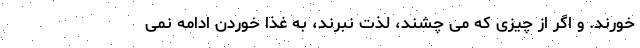
خورند. و اگر از چیزی که می چشند، لذت نبرند، به غذا خوردن ادامه نمی